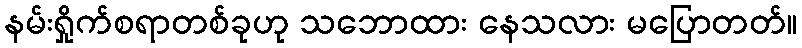
နမ်းရှိုက်စရာတစ်ခုဟု သဘောထား နေသလား မပြောတတ်။